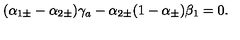
( \alpha _ { 1 \pm } - \alpha _ { 2 \pm } ) \gamma _ { a } - \alpha _ { 2 \pm } ( 1 - \alpha _ { \pm } ) \beta _ { 1 } = 0 .